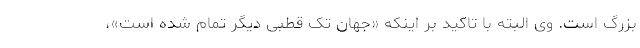
بزرگ است. وی البته با تاکید بر اینکه «جهان تک قطبی دیگر تمام شده است»،